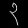
Digit: ၃